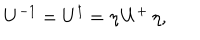
LaTeX: U ^ { - 1 } = U ^ { \dagger } = \eta \, U ^ { + } \, \eta ,